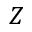
Z